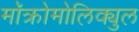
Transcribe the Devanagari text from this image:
मॉक्रोमोलिक्युल